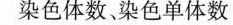
染色体数。染色单体数